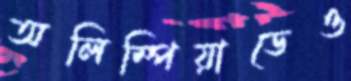
অলিম্পিয়াডেও